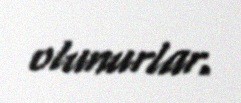
olunurlar.